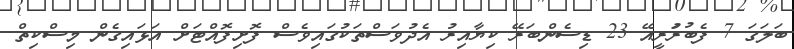
ބަލަގަ 7 ފެބުރުަރީއޭ 23 ޑިސެންބަރޭ ކިޔާއިރު އެދުވަސްތަކުގައިވެސް ފޮށިފޮއްޓަށް އަޅައިގެން މިސްކިތް